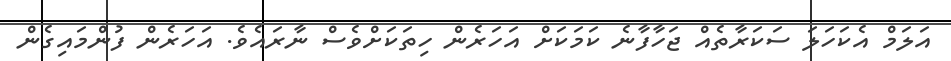
އަލަމް އެކަހަލަ ސަކަރާތެއް ޖަހާފާނެ ކަމަކަށް އަހަރެން ހިތަކަށްވެސް ނާރައެވެ. އަހަރެން ފުންމައިގެން